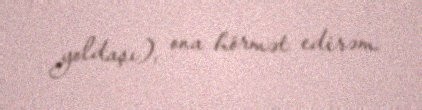
yoldaşı), ona hörmət edirəm.